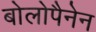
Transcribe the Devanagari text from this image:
बोलोपैनेन